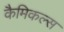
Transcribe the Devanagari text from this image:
कैमिकल्‍स